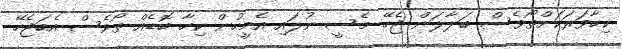
ކިހާވަރަކަށްތޯވެސް ބަލާލަން ޖެހޭ މެސީ ނުލައި އެމީހުން ކިހާ ބޮޑެއް ތޯވެސް އެބަޖެހޭ